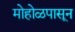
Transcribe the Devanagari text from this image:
मोहोळपासून